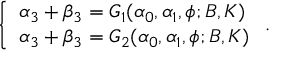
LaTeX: \left\{ \begin{array} { l l } { { \alpha _ { 3 } + \beta _ { 3 } = G _ { 1 } ( \alpha _ { 0 } , \alpha _ { 1 } , \phi ; B , K ) } } \\ { { \alpha _ { 3 } + \beta _ { 3 } = G _ { 2 } ( \alpha _ { 0 } , \alpha _ { 1 } , \phi ; B , K ) } } \end{array} \right. .